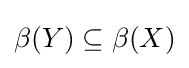
\beta (Y)\subseteq \beta (X)